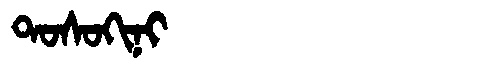
Manchu: ᡨᠣᠰᠣᡴᡳᠨᡳ
Romanization: TOSOKINI